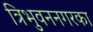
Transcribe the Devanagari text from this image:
त्रिभुवननगरका